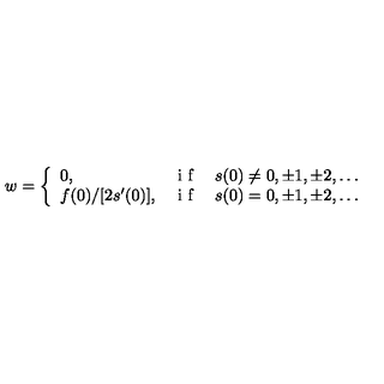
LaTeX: w = \left\{ \begin{array} { l l } { 0 , } & { { \textrm { i f } } \quad s ( 0 ) \ne 0 , \pm 1 , \pm 2 , \ldots } \\ { f ( 0 ) / [ 2 s ^ { \prime } ( 0 ) ] , } & { { \textrm { i f } } \quad s ( 0 ) = 0 , \pm 1 , \pm 2 , \ldots } \\ \end{array} \right.